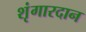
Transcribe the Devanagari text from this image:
शृंगारदान